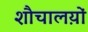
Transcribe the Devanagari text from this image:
शौचालय़ों